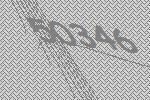
50346